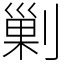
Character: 剿